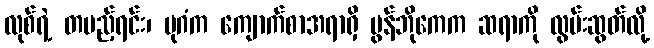
လုစ်ရဲ့ တပည့်ရင်း၊ ပုဂံက ကျောက်စာအရာရှိ မွန်ဘိုကေက ဆရာကို လွမ်းဆွတ်လို့